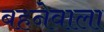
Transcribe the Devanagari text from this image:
बहनेवाला